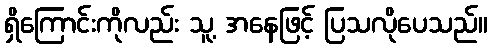
ရှိကြောင်းကိုလည်း သူ့ အနေဖြင့် ပြသလိုပေသည်။